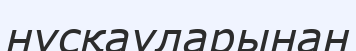
нұсқауларынан